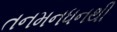
તનમનધનથી